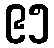
၉၅